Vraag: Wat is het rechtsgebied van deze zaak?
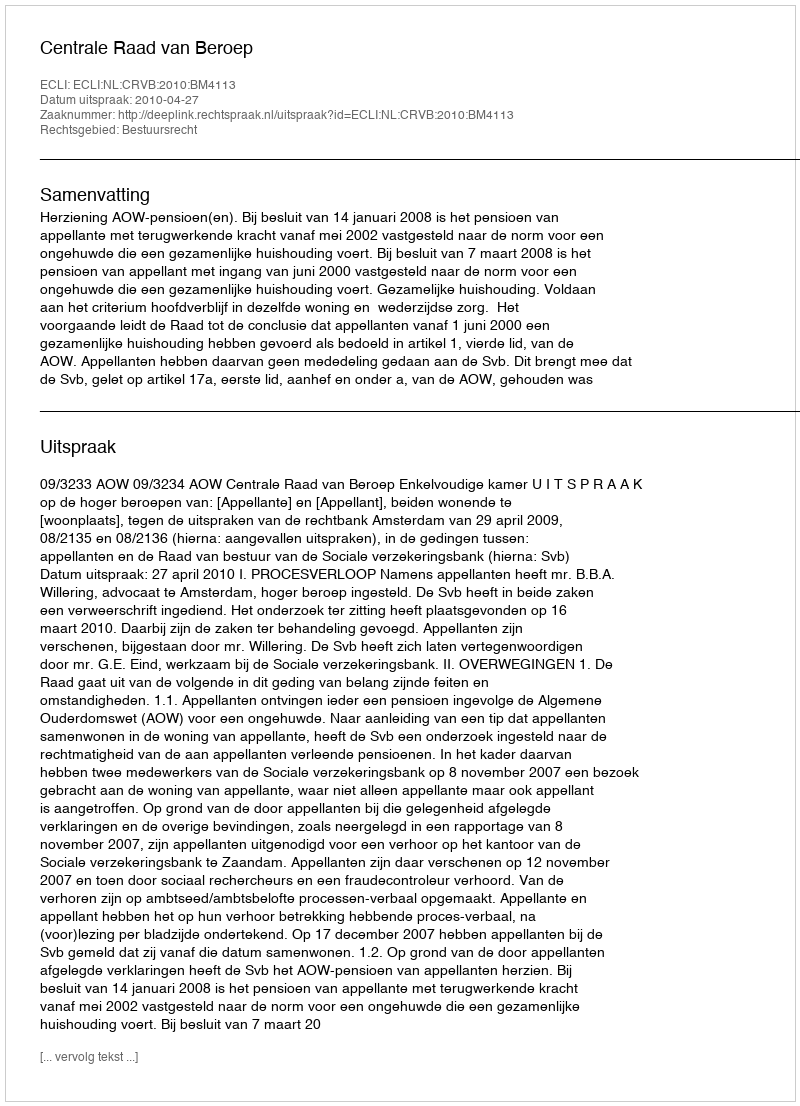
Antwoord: Bestuursrecht